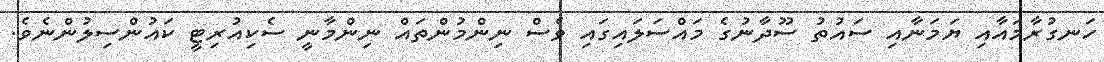
ހަނގުރާމައާއި ޔަމަނާއި ސައުތު ސޫދާނުގެ މައްސަލައިގައި ވެސް ނިންމުންތައް ނިންމާނީ ސެކިއުރިޓީ ކައުންސިލުންނެވެ.